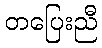
တပြေးညီ